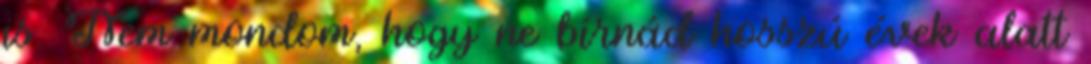
is. Nem mondom, hogy ne bírnád hosszú évek alatt